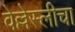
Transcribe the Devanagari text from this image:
वेल्लेस्लीचा